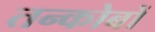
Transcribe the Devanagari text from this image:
तन्कोबों